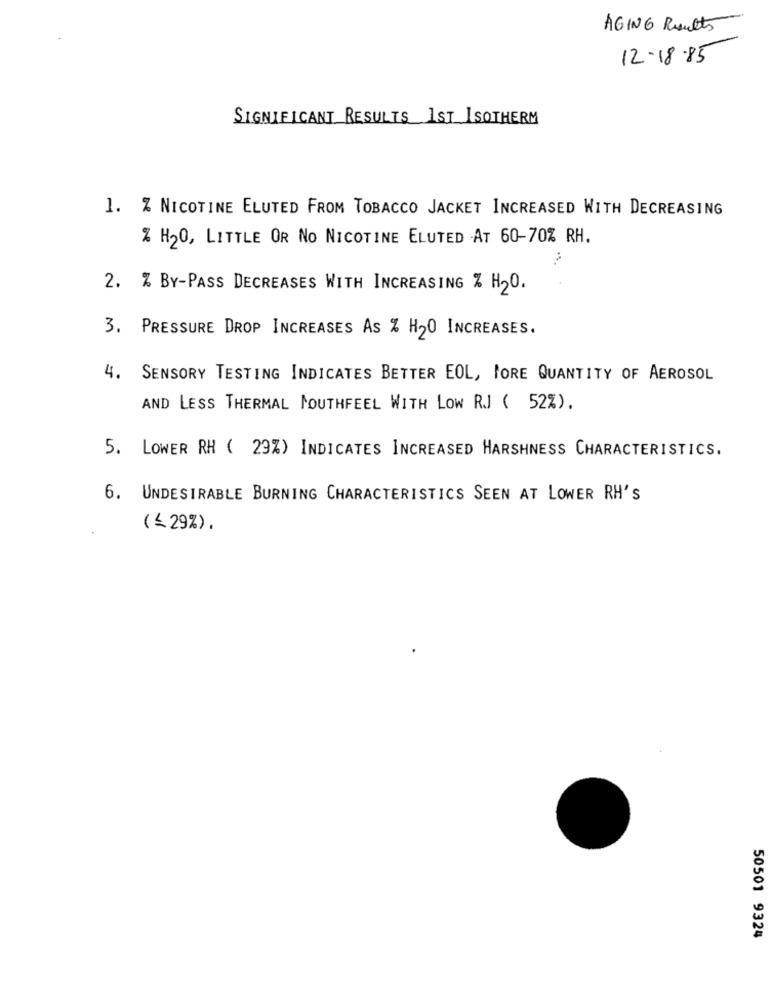
AGING Results
12-18-85
SIGNIFICANT RESULTS 1ST ISOTHERM
1. % NICOTINE ELUTED FROM TOBACCO JACKET INCREASED WITH DECREASING
% H20, LITTLE OR No NICOTINE ELUTED AT 60-70% RH.
2. % BY-PASS DECREASES WITH INCREASING % H20.
3. PRESSURE DROP INCREASES AS % H20 INCREASES.
4. SENSORY TESTING INDICATES BETTER EOL, MORE QUANTITY OF AEROSOL
AND LESS THERMAL MOUTHFEEL WITH LOW RJ ( 52%).
5. LOWER RH ( 29%) INDICATES INCREASED HARSHNESS CHARACTERISTICS.
6. UNDESIRABLE BURNING CHARACTERISTICS SEEN AT LOWER RH'S
(≤29%).
50501 9324